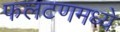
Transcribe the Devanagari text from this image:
फलटणमध्ये